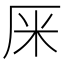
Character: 𠩕